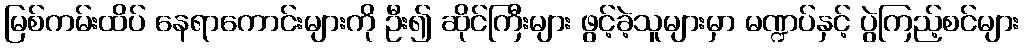
မြစ်ကမ်းထိပ် နေရာကောင်းများကို ဦး၍ ဆိုင်ကြီးများ ဖွင့်ခဲ့သူများမှာ မဏ္ဍပ်နှင့် ပွဲကြည့်စင်များ